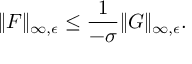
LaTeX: \| F \| _ { \infty , \epsilon } \leq \frac { 1 } { - \sigma } \| G \| _ { \infty , \epsilon } .